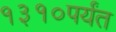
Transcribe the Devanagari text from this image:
१३१०पर्यंत